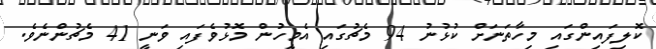
ކޮލިފައިންގައި މިހާތަނަށް ކުޅުނު 94 މެޗުގައި އެމީހުން މޮޅުވެފައި ވަނީ 41 މެޗުންނެވެ.